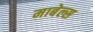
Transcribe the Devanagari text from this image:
माबेल्स